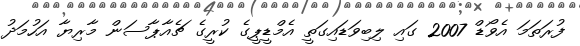
ފުރަތަމަ އެވޯޑް 2007 ގައި ލިބިވަޑައިގަތީ އެމްޑީޕީގެ ކުރީގެ ޗެއާޕާސަން މާރިޔާ އަހުމަދު